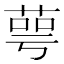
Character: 萼